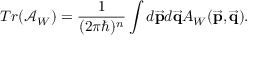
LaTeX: T r ( \mathcal { A } _ { W } ) = { \frac { 1 } { ( 2 \pi \hbar ) ^ { n } } } \int d \overrightarrow { { \bf p } } d \overrightarrow { { \bf q } } A _ { W } ( \overrightarrow { { \bf p } } , \overrightarrow { { \bf q } } ) .